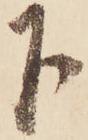
下